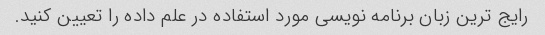
رایج ترین زبان برنامه نویسی مورد استفاده در علم داده را تعیین کنید.